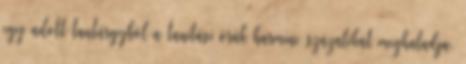
egy adott tantárgyból a tanítási órák harminc százalékát meghaladja,